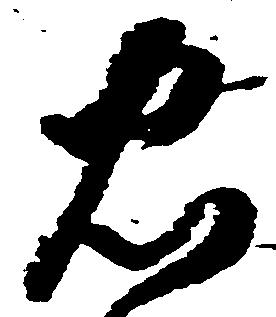
忠